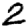
Digit: 2